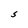
Character: S